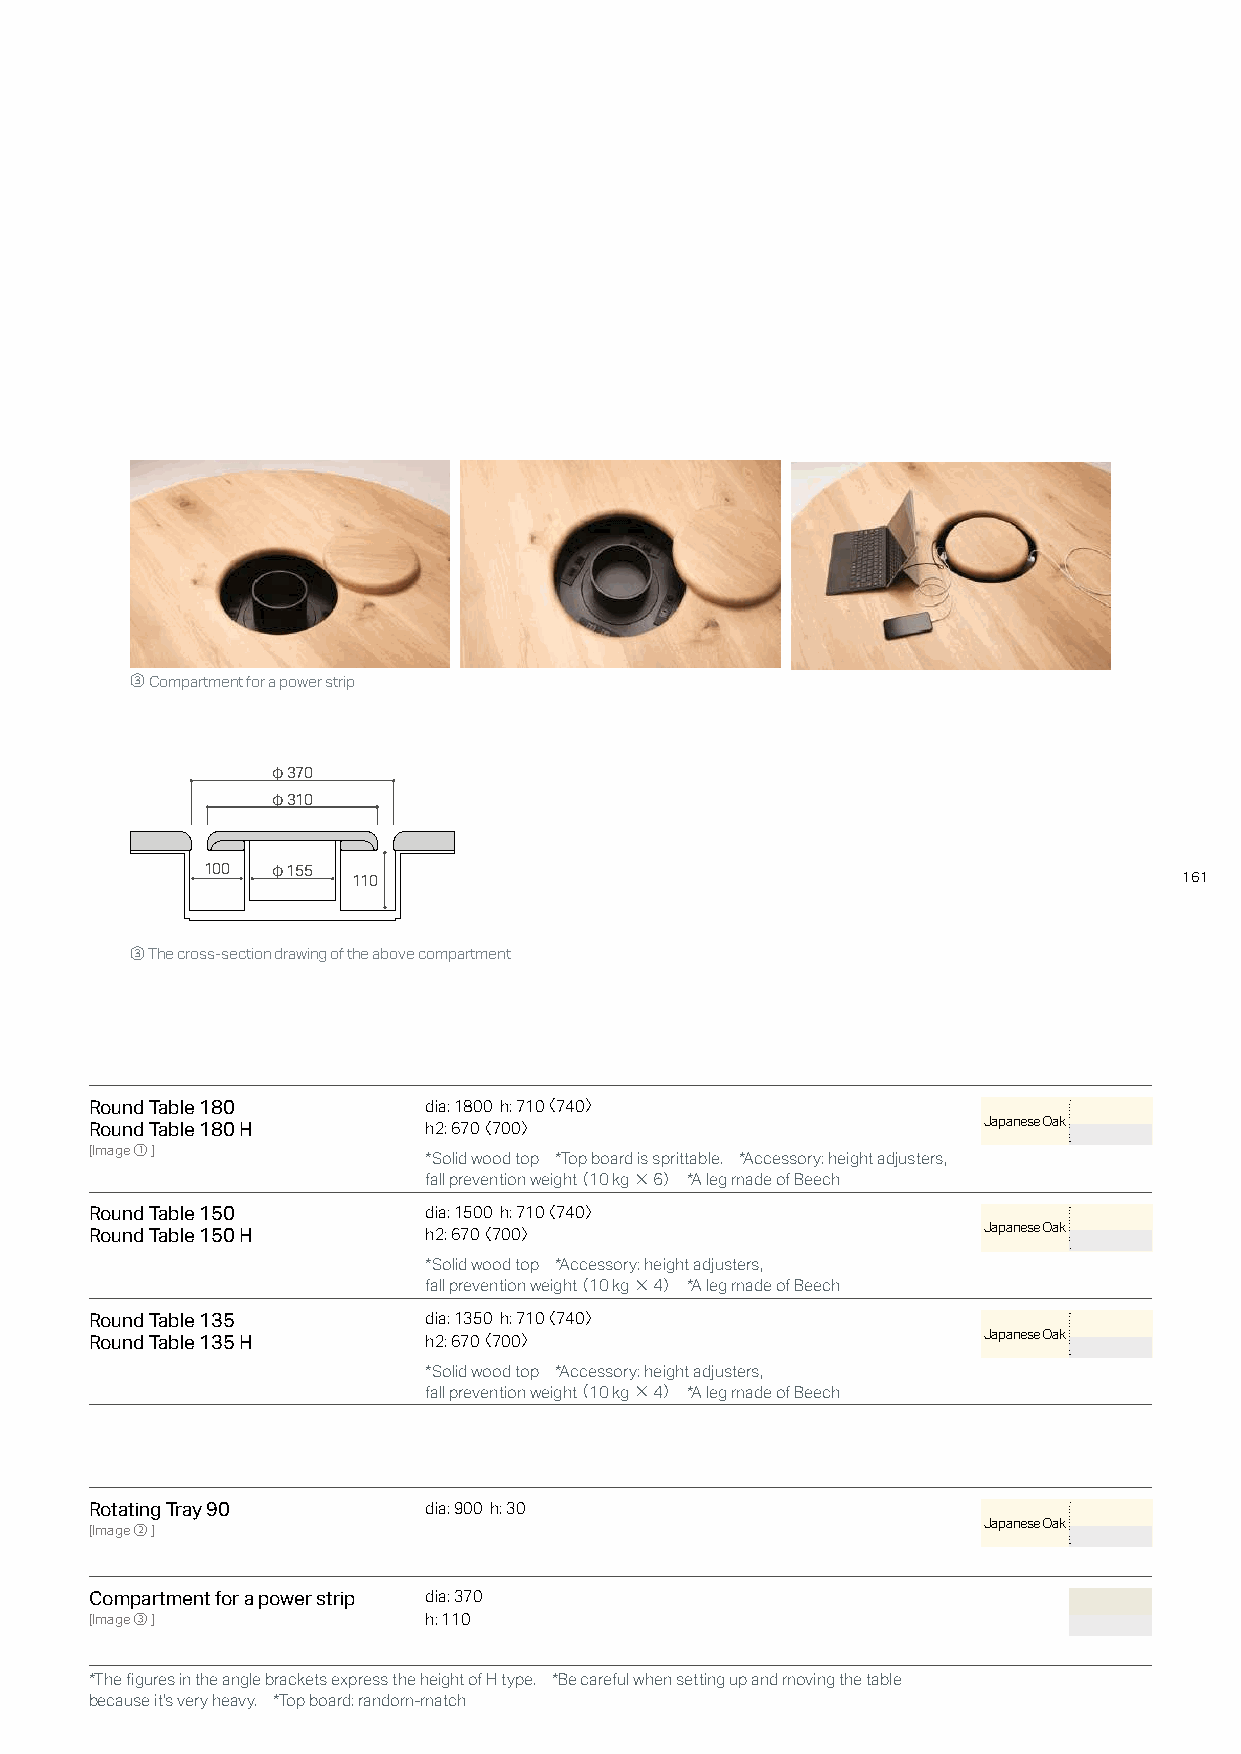
③Compartment for a power strip
 φ370
 φ310
 100  φ155
 110                                                    161
 ③ The cross-section drawing of the above compartment
 Round Table 180       dia: 1800 h: 710〈 740〉
 Japanese Oak
 Round Table 180 H     h2: 670〈 700〉
 [Image①]
 *Solid wood top *Top board is sprittable. *Accessory: height adjusters,
 fall prevention weight（ 10 kg×6） *A leg made of Beech
 Round Table 150       dia: 1500 h: 710〈 740〉
 Japanese Oak
 Round Table 150 H     h2: 670〈 700〉
 *Solid wood top *Accessory: height adjusters,
 fall prevention weight（ 10 kg×4） *A leg made of Beech
 Round Table 135       dia: 1350 h: 710〈 740〉
 Japanese Oak
 Round Table 135 H     h2: 670〈 700〉
 *Solid wood top *Accessory: height adjusters,
 fall prevention weight（ 10 kg×4） *A leg made of Beech
 Rotating Tray 90      dia: 900 h: 30
 Japanese Oak
 [Image②]
 Compartment for a power strip dia: 370
 [Image③]              h: 110
 *The figures in the angle brackets express the height of H type. *Be careful when setting up and moving the table
 because it's very heavy. *Top board: random-match